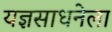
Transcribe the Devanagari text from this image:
यज्ञसाधनेला